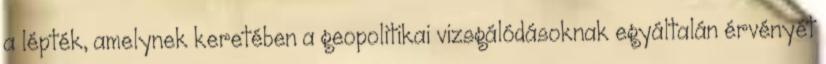
a lépték, amelynek keretében a geopolitikai vizsgálódásoknak egyáltalán érvényét